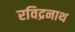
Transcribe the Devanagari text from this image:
रविद्रनाथ